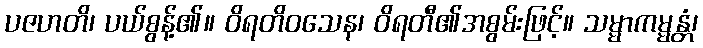
ပဇဟတိ၊ ပယ်စွန့်၏။ ဝိရတိဝသေန၊ ဝိရတီ၏အစွမ်းဖြင့်။ သမ္မာကမ္မန္တံ၊